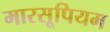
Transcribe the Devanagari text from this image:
मारसूपियम